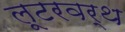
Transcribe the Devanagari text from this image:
लूटरवर्थ